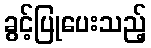
ခွင့်ပြုပေးသည့်